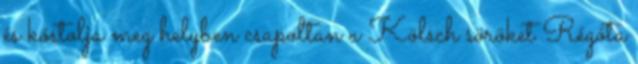
és kóstolja meg helyben csapoltan a Kölsch söröket Régóta